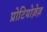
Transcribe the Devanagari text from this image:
प्रोटियोज़ेज़